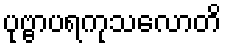
ပုဗ္ဗာပရကုသလောတိ